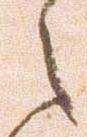
之